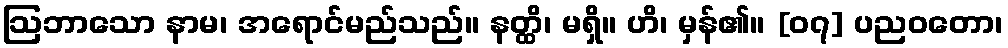
ဩဘာသော နာမ၊ အရောင်မည်သည်။ နတ္ထိ၊ မရှိ။ ဟိ၊ မှန်၏။ [၀၇] ပညဝတော၊